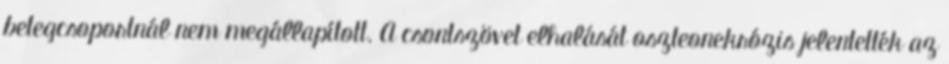
betegcsoportnál nem megállapított. A csontszövet elhalását oszteonekrózis jelentették az